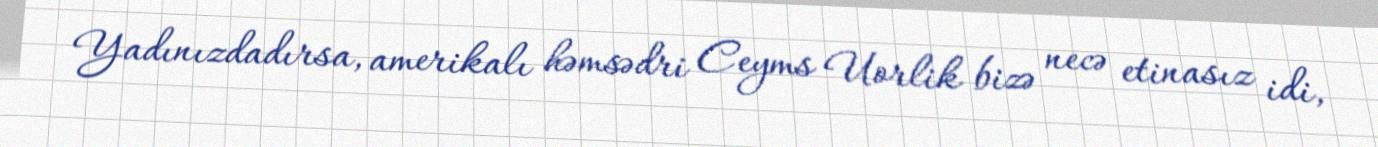
Yadınızdadırsa, amerikalı həmsədri Ceyms Uorlik bizə necə etinasız idi,